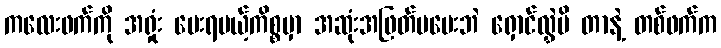
ကလေးဖက်ကို အရှုံး ပေးရမယ့်ကိစ္စမှာ အဆုံးအဖြတ်မပေးဘဲ ရှောင်လွှဲမိ တာနဲ့ တစ်ဖက်က